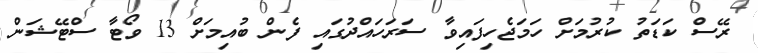
ރޭސް ކަޑަތު ކުރުމަށް ހަމަޖެހިފައިވާ ސަރަހައްދުގައި ފެން ބުއިމަށް 13 ވޯޓާ ސްޓޭޝަން